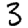
Digit: 3